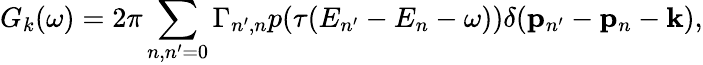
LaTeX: G_{k}(\omega)=2\pi\sum_{n,n^{\prime}=0}\Gamma_{n^{\prime},n}p(\tau(E_{n^{\prime}}-E_{n}-\omega))\delta(\mathbf{p}_{n^{\prime}}-\mathbf{p}_{n}-\mathbf k),